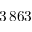
3 \, 8 6 3